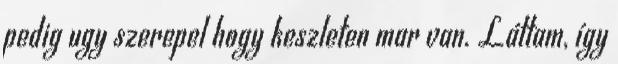
pedig ugy szerepel hogy keszleten mar van. Láttam, így